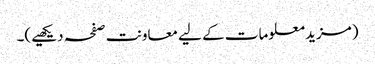
(مزید معلومات کے لیے معاونت صفحہ دیکھیے)۔